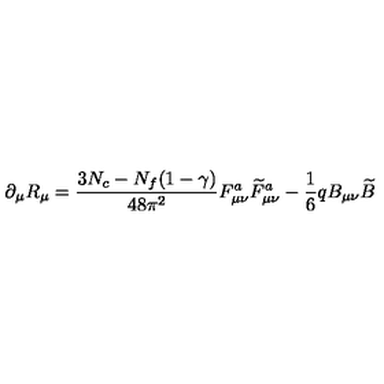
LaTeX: \partial _ { \mu } R _ { \mu } = \frac { 3 N _ { c } - N _ { f } ( 1 - \gamma ) } { 4 8 \pi ^ { 2 } } F _ { \mu \nu } ^ { a } \widetilde { F } _ { \mu \nu } ^ { a } - \frac { 1 } { 6 } q B _ { \mu \nu } \widetilde { B }